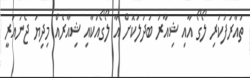
ތައާރަފުކުރި ލޯގޯ އާއި ޝިއާރު ބަދަލުކޮށް އާ ލޯގޯއަކާއި ޝިއާރެއް މިދިޔަ ޖެނުއަރީ